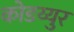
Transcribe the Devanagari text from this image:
कोडय्युर